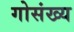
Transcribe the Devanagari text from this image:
गोसंख्य